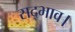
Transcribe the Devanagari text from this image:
सद्भाव।